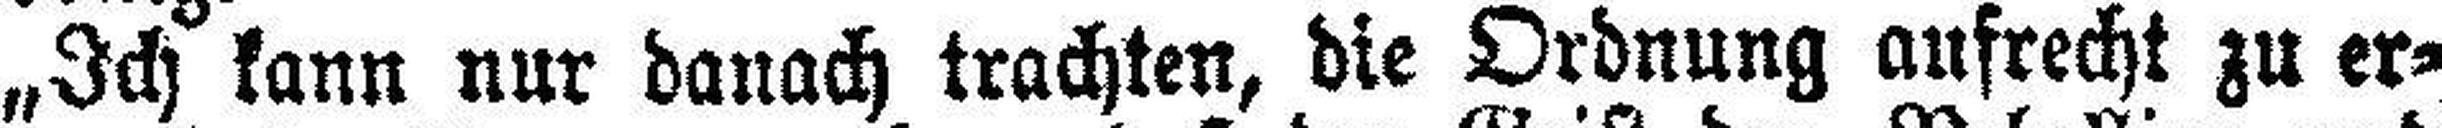
„Ich kann nur danach trachten, die Ordnung aufrecht zu er¬